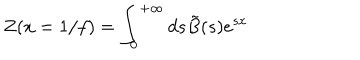
Z ( x = 1 / f ) = \int _ { 0 } ^ { + \infty } d s \tilde { B } ( s ) e ^ { s x }